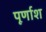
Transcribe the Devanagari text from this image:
पूर्णाश